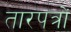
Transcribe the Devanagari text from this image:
तारपत्रों